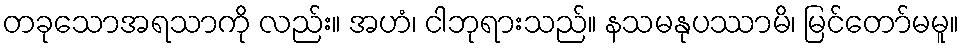
တခုသောအရသာကို လည်း။ အဟံ၊ ငါဘုရားသည်။ နသမနုပဿာမိ၊ မြင်တော်မမူ။